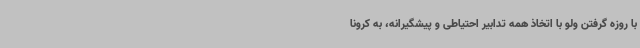
با روزه گرفتن ولو با اتخاذ همه تدابیر احتیاطی و پیشگیرانه، به کرونا